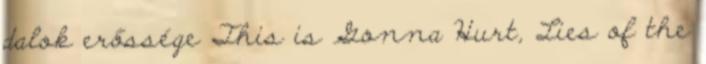
dalok erőssége This is Gonna Hurt, Lies of the